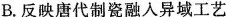
B.反映唐代制瓷融入异域工艺